Civil Veterinary Dept. Bombay admin report 1923-31 - 1923-1931
Year: 1923
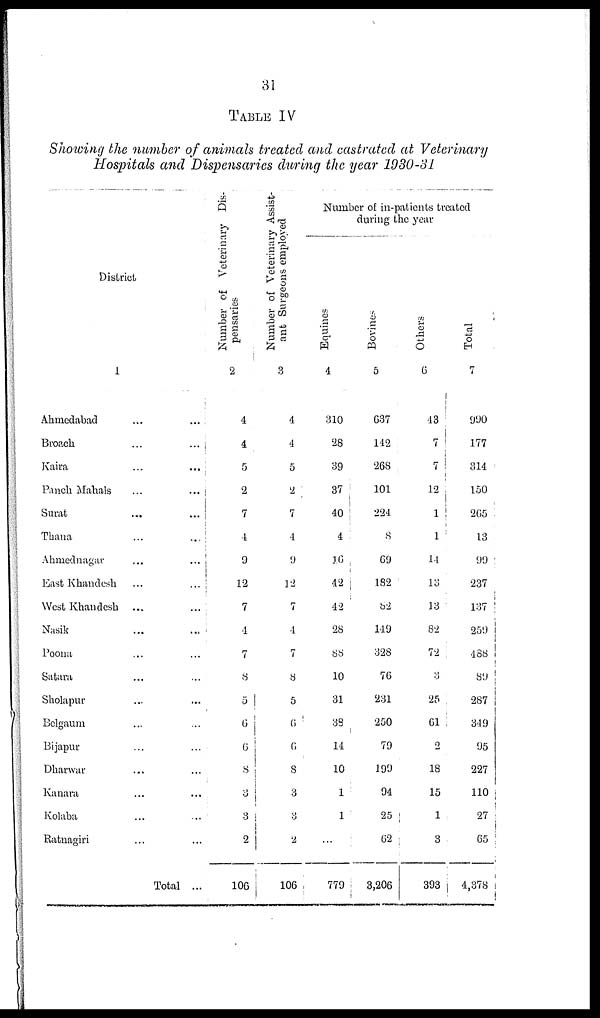
31
TABLE IV
Showing the number of animals treated and castrated at Veterinary
Hospitals and Dispensaries during the year 1930-31
District
1
Ahmedabad ... ...
Broach ... ...
Kaira ... ...
Panch Mahals ... ...
Surat ... ...
Thana ... ...
Ahmednagar ... ...
East Khandesh ... ...
West Khandesh ... ...
Nasik ... ...
Poona ... ...
Satara ... ...
Sholapur ... ...
Belgaum ... ...
Bijapur ... ...
Dharwar ... ...
Kanara ... ...
Kolaba ... ...
Ratnagiri ... ...
Total ...
Number of Veterinary Dis-
pensaries
2
4
4
5
2
7
4
9
12
7
4
7
8
5
6
6
8
3
3
2
106
Number of Veterinary Assist-
ant Surgeons employed
3
4
4
5
2
7
4
9
12
7
4
7
8
5
6
6
8
3
3
2
106
Number of in-patients treated
during the year
Equines
4
310
28
39
37
40
4
16
42
42
28
88
10
31
38
14
10
1
1
...
779
Bovines
5
637
142
268
101
224
8
69
182
82
149
328
76
231
250
79
199
94
25
62
3,206
Others
6
43
7
7
12
1
1
14
13
13
82
72
3
25
61
2
18
15
1
3
393
Total
990
177
314
150
265
13
99
237
137
259
488
89
287
349
95
227
110
27
65
4,378